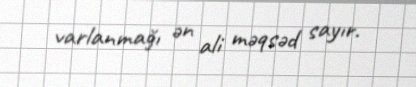
varlanmağı ən ali məqsəd sayır.